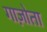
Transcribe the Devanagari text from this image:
गाज़ोता